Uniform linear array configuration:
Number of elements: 64
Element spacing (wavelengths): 0.5
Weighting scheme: hamming
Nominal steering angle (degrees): -30
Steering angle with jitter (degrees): -28.415
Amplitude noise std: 0.05
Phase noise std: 0.05

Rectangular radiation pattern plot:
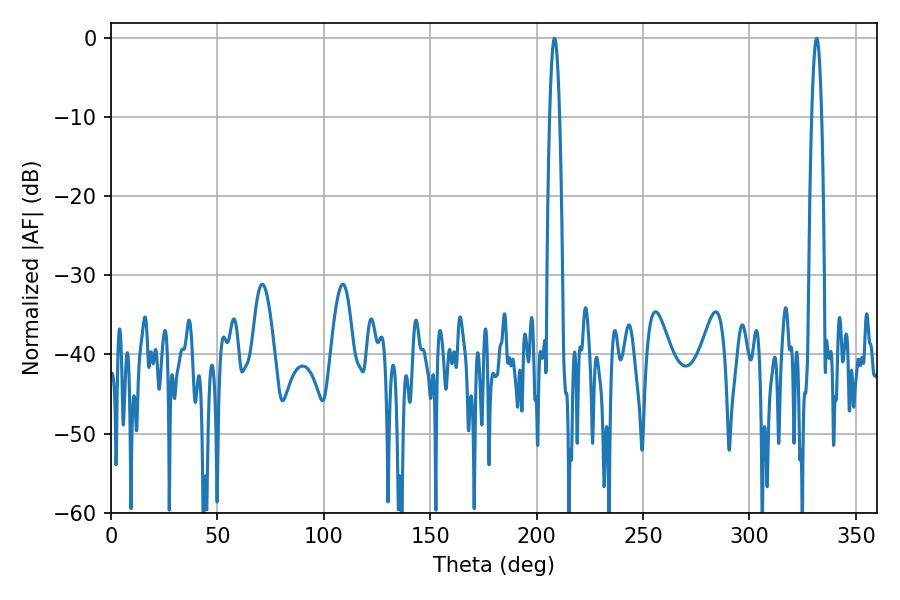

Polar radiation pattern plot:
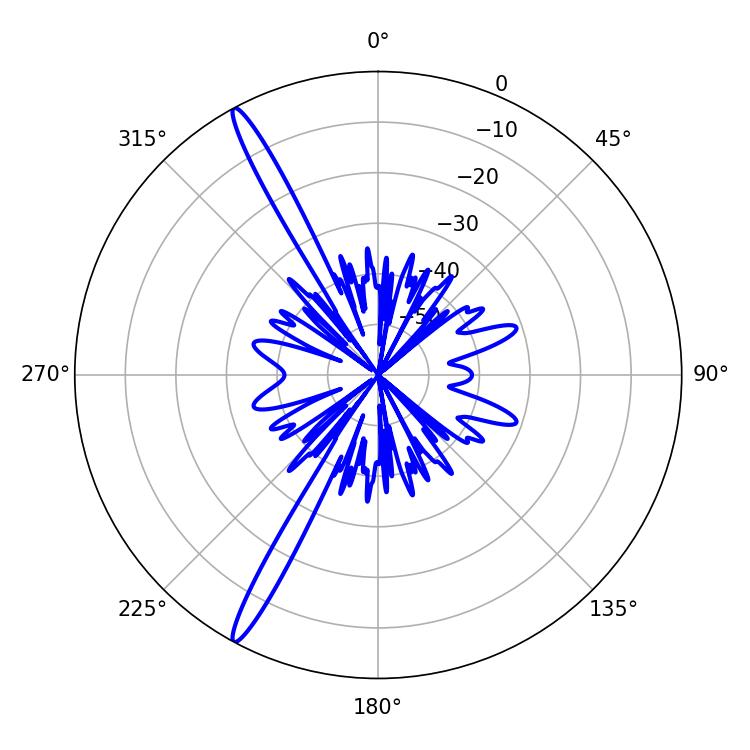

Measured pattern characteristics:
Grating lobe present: FALSE
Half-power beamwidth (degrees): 2.52
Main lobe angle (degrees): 331.56